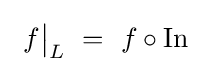
~f{\big \vert }_{L}~=~f\circ \operatorname {In} ~